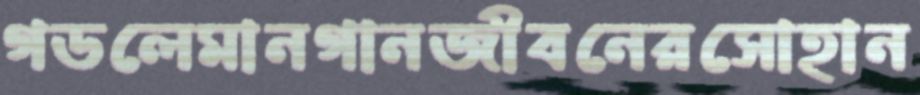
গডলেমানগানজীবনেরসোহান